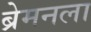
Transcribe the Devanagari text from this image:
ब्रेमनला